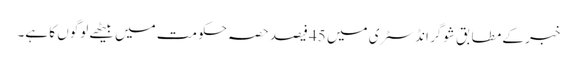
خبر کے مطابق شوگر انڈسٹری میں 45 فیصد حصہ حکومت میں بیٹھے لوگوں کا ہے۔